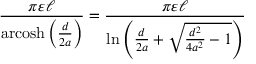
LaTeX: { \frac { \pi \varepsilon \ell } { \operatorname { a r c o s h } \left( { \frac { d } { 2 a } } \right) } } = { \frac { \pi \varepsilon \ell } { \ln \left( { \frac { d } { 2 a } } + { \sqrt { { \frac { d ^ { 2 } } { 4 a ^ { 2 } } } - 1 } } \right) } }